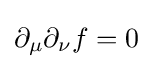
\partial _{\mu }\partial _{\nu }f=0